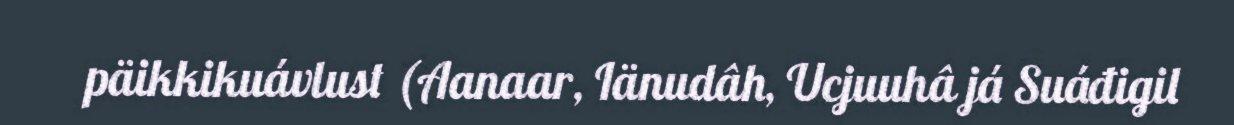
päikkikuávlust (Aanaar, Iänudâh, Ucjuuhâ já Suáđigil